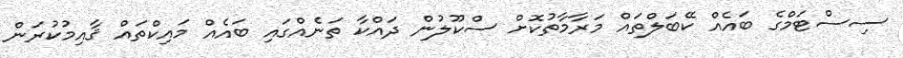
ސިސްޓަމްގެ ބައެއް ކޭބަލްތައް މަރާމާތުކޮށް ސްކޫލުން ދައްކާ ތަނެއްގައި ބައެއް މައިކްތައް ޤާއިމުކުރަން